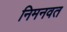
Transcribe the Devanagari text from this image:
निमनवत